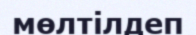
мөлтілдеп